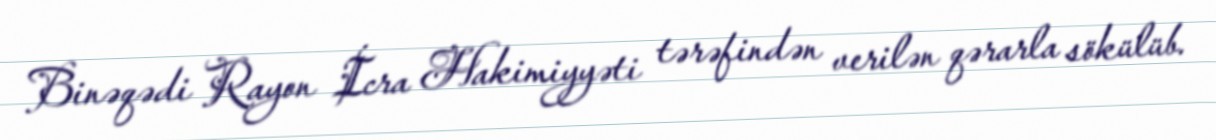
Binəqədi Rayon İcra Hakimiyyəti tərəfindən verilən qərarla sökülüb.